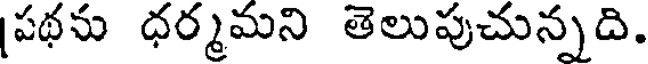
పథను ధర్మమని తెలుపుచున్నది.